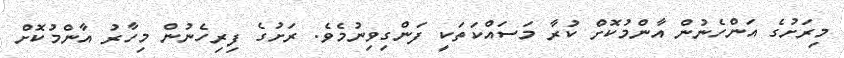
މިރަށުގެ އަންހެނުން އާންމުކޮށް ކުރާ މަސައްކަތަކީ ފަންގިވިނުމެވެ. ރަށުގެ ފިރިހެނުން މިހާރު އާންމުކޮށް